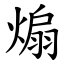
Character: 煽